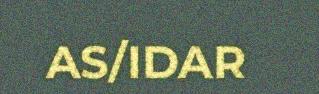
AS/IDAR